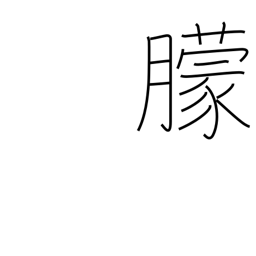
Meaning: obscure